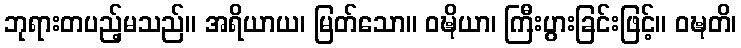
ဘုရားတပည့်မသည်။ အရိယာယ၊ မြတ်သော။ ဝဍ္ဎိယာ၊ ကြီးပွားခြင်းဖြင့်။ ဝဍ္ဎတိ၊